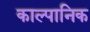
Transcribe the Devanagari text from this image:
काल्पानिक